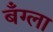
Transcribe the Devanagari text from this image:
बँग्ला